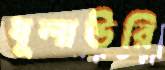
ধুলাউরি